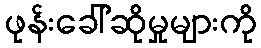
ဖုန်းခေါ်ဆိုမှုများကို